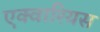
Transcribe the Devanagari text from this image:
एक्वारियस